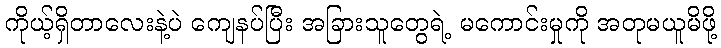
ကိုယ့်ရှိတာလေးနဲ့ပဲ ကျေနပ်ပြီး အခြားသူတွေရဲ့ မကောင်းမှုကို အတုမယူမိဖို့